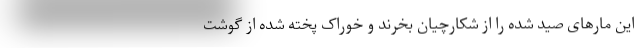
این مارهای صید شده را از شکارچیان بخرند و خوراک پخته شده از گوشت